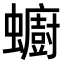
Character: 𧔋